Report on the cholera epidemic of
Year: 1868
Disease focus: Cholera
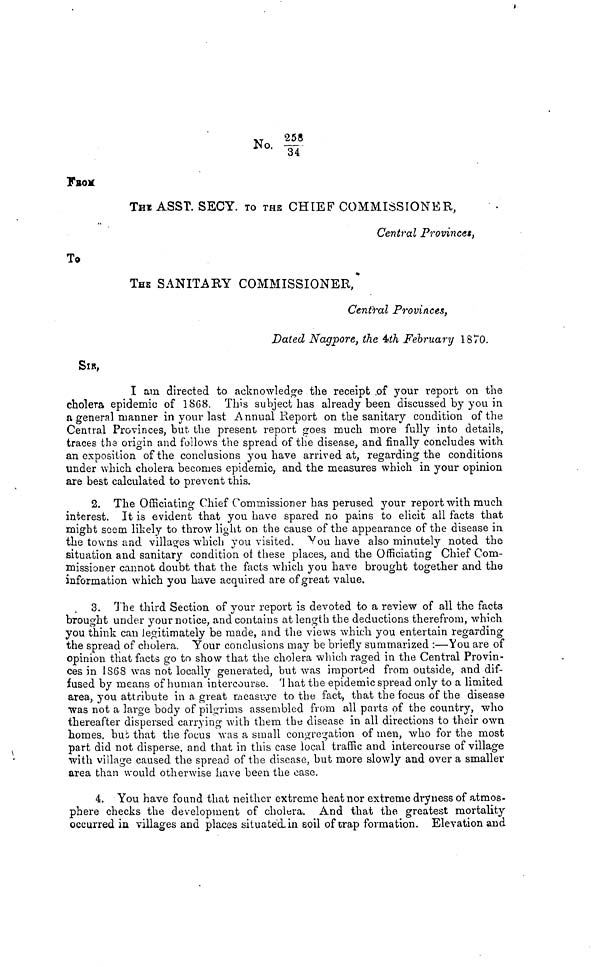
No. 258/34
FROM
ΤΗe ASST. SECY. TO THE CHIEF COMMISSIONER,
Central Provinces,
To
THE SANITARY COMMISSIONER,
Central Provinces,
Dated Nagpore, the 4th February 1870.
SIR,
I am directed to acknowledge the receipt of your report on the
cholera epidemic of 1868. This subject has already been discussed by you in
a general manner in your last Annual Report on the sanitary condition of the
Central Provinces, but the present report goes much more fully into details,
traces the origin and follows the spread of the disease, and finally concludes with
an exposition of the conclusions you have arrived at, regarding the conditions
under which cholera becomes epidemic, and the measures which in your opinion
are best calculated to prevent this.
2. The Officiating Chief Commissioner has perused your report with much
interest. It is evident that you have spared no pains to elicit all facts that
might seem likely to throw light on the cause of the appearance of the disease in
the towns and villages which you visited. You have also minutely noted the
situation and sanitary condition of these places, and the Officiating Chief Com-
missioner cannot doubt that the facts which you have brought together and the
information which you have acquired are of great value.
3. The third Section of your report is devoted to a review of all the facts
brought under your notice, and contains at length the deductions therefrom, which
you think can legitimately be made, and the views which you entertain regarding
the spread of cholera. Your conclusions may be briefly summarized :—You are of
opinion that facts go to show that the cholera which raged in the Central Provin-
ces in 1868 was not locally generated, but was imported from outside, and dif-
fused by means of human intercourse. That the epidemic spread only to a limited
area, you attribute in a great measure to the fact, that the focus of the disease
was not a large body of pilgrims assembled from all parts of the country, who
thereafter dispersed carrying with them the disease in all directions to their own
homes, but that the focus was a small congregation of men, who for the most
part did not disperse, and that in this case local traffic and intercourse of village
with village caused the spread of the disease, but more slowly and over a smaller
area than would otherwise have been the case.
4. You have found that neither extreme heat nor extreme dryness of atmos-
phere checks the development of cholera. And that the greatest mortality
occurred in villages and places situated, in soil of trap formation. Elevation and